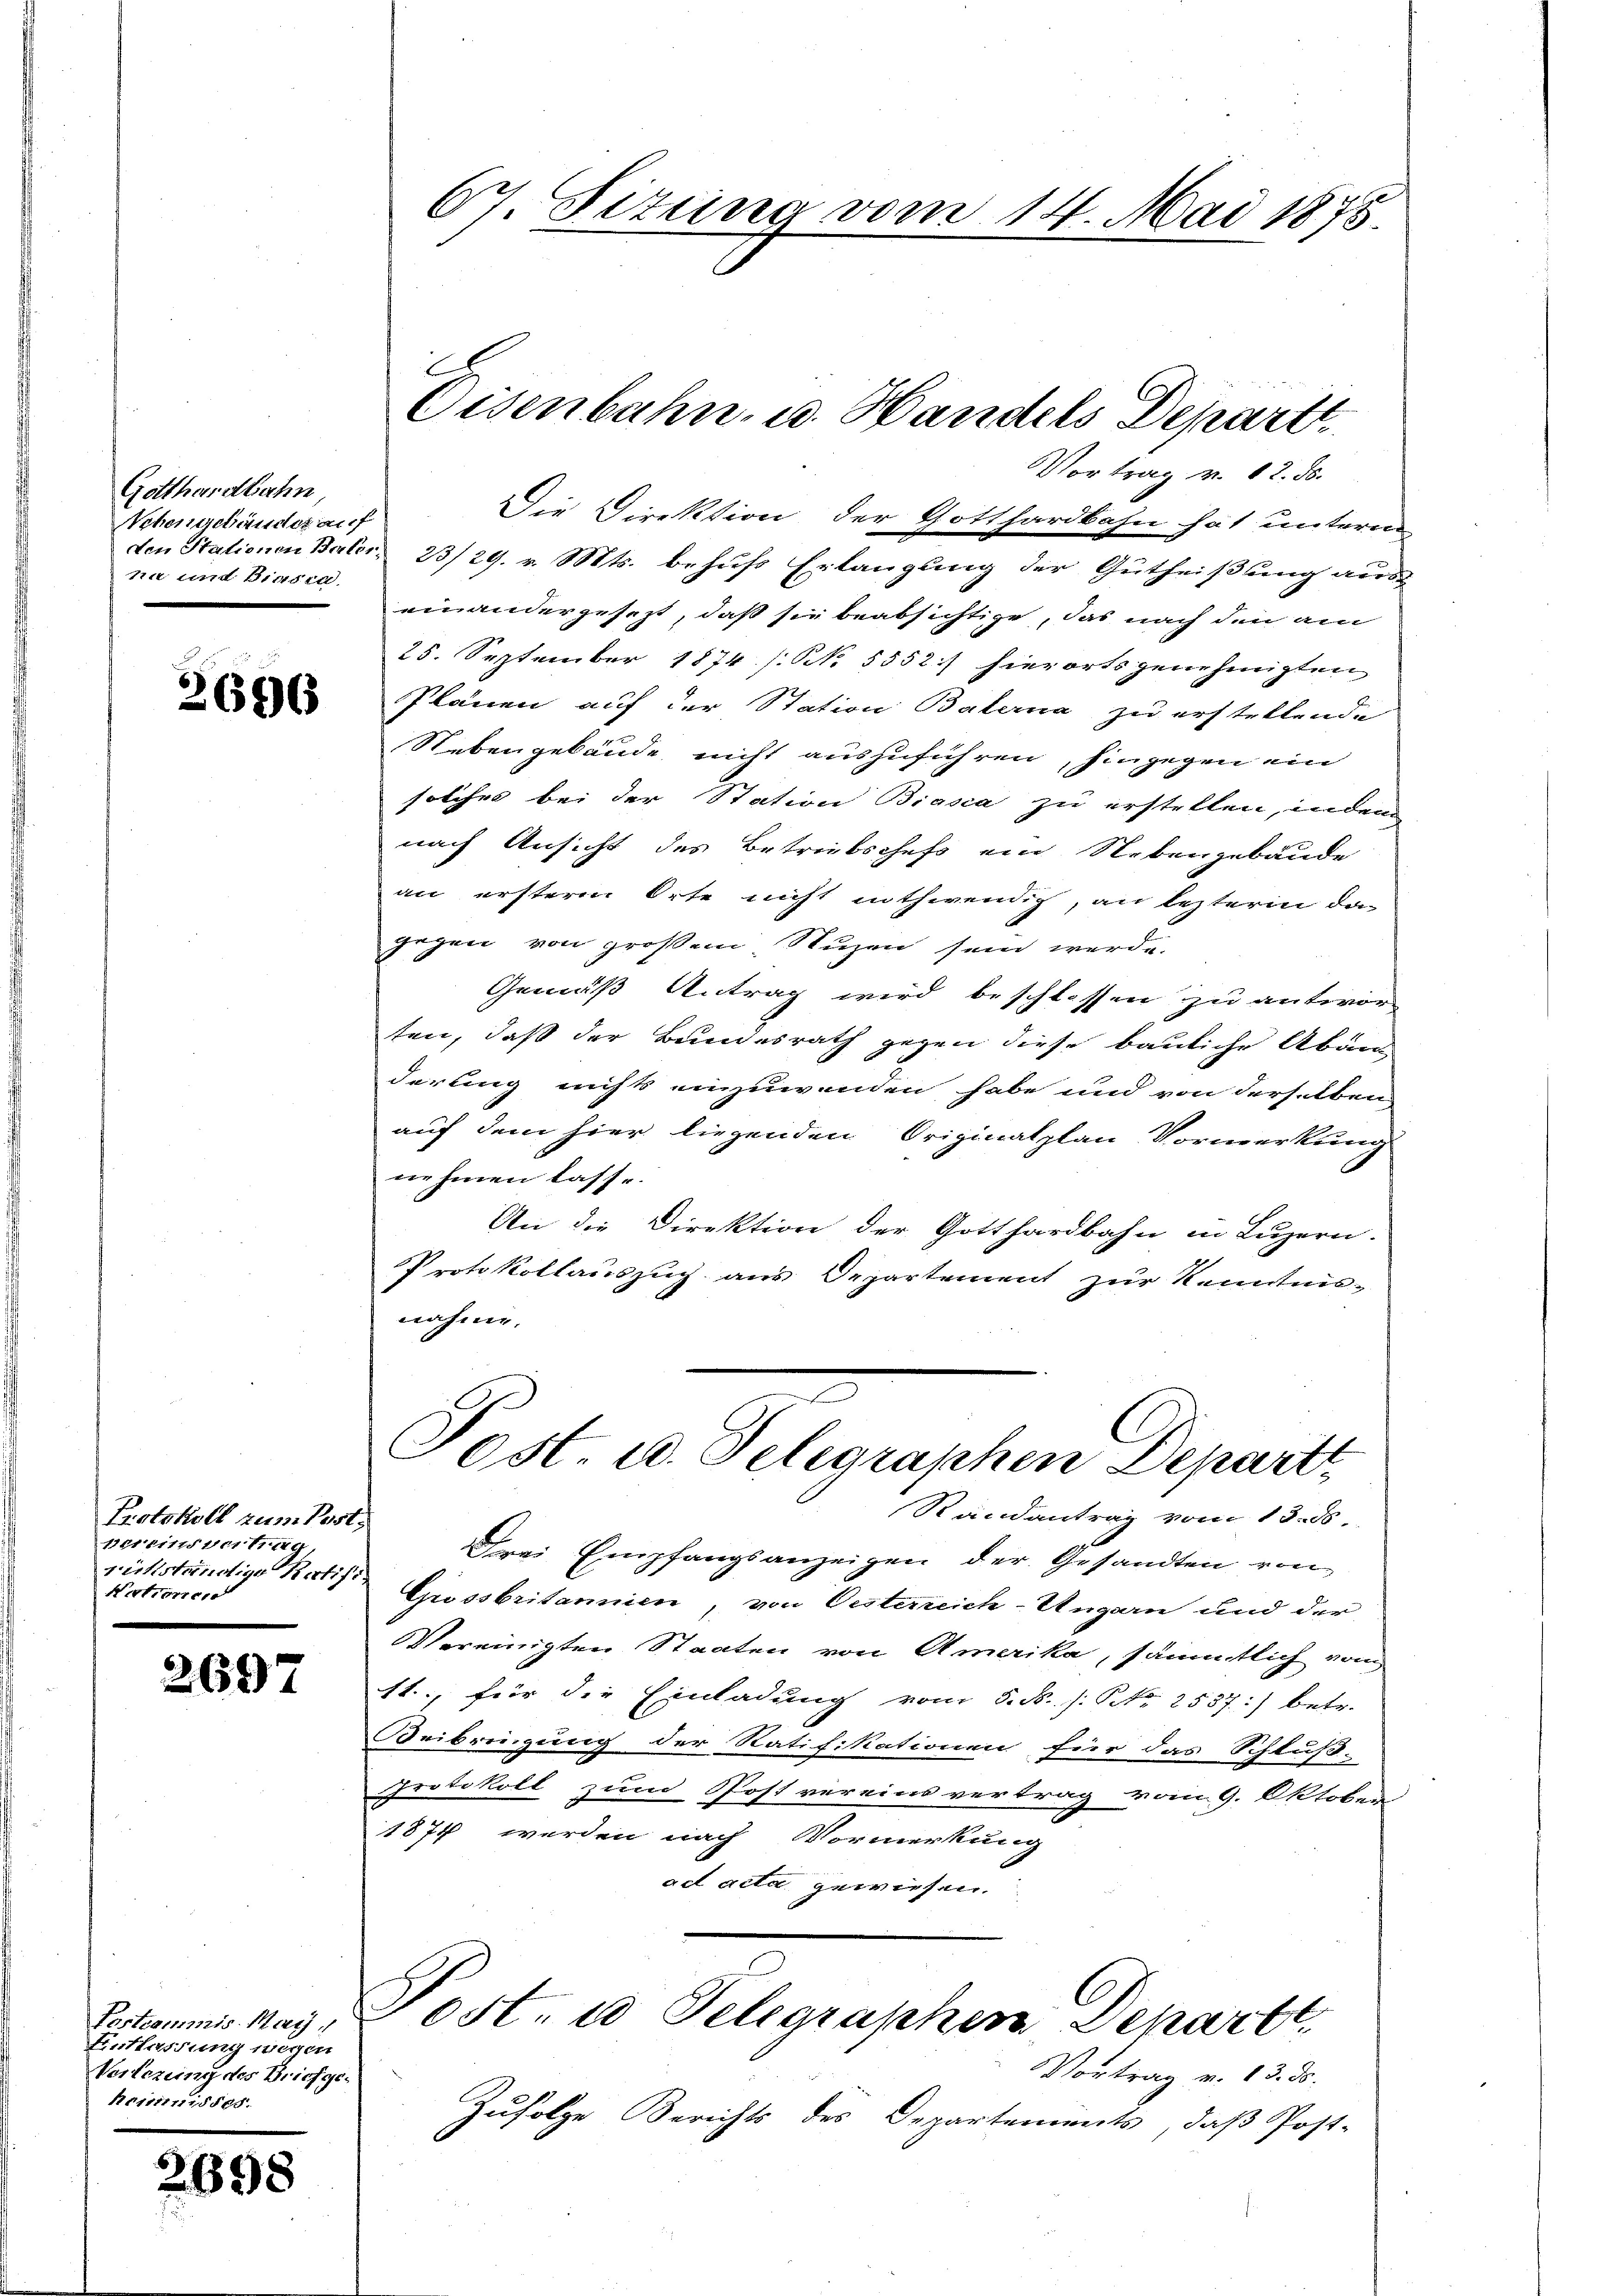
Gotthardbahn,
Nehenschauder auf
ni und Binsen.

2696

Protokoll zum Postpereinsvertung,
rükständige Kurhist.
Nectione

2697

Postcommis. Maÿ
Entlassung wegen
Verlegung des Briefge¬
Reinen 500.

2698

Die Direktion der Gotthardbahn hat unteren
den Stationen Baler 23/29. v. Mts. behufs Erlangung der Gutheißung aus
einandergesezt, daß sie beabsichtige, das nach den am
25. September 1874 (N. 5552/ hierorts genehmigten
Plänen auf der Station Baterna zu erstellende
Nebengebäude nicht auszuführen, hingegen ein
solches bei der Station Biasca zu erstellen, indem
nach Ansicht des Betreibschefs ein Nebengebäude
an ersterm Orte nicht nothwendig, an lezteren da
gegen von großem Nuzen sein werde.
Gemäß Antrag wird beschlossen zu antwor-
ten, daß der Bundesrath gegen diese bauliche Abän
derung nichts einzuwenden habe und von derselben
auf dem hier liegenden Originalplan Vormerkung
nehmen lasse.
An die Direktion der Gotthardbahn in Luzern.
Protokollauszug aus Departement zur Kenntnisnahme.

67. Sizung vom 14. Mai 1875.

E
Eisenbahn, u. Handels Depart
Vortrag v. 12. ds.

Frei Empfangsanzeigen der Gesandten von
Grossbritannien, von Oesterreich-Ungarn und der
Vereinigten Staaten von Amerika, sämmtlich vom
11., für die Einladung vom 5. d. s. No 2537:) betr.
Beibringung der Ratifikationen für das Schluß-
Protokoll zum Post vereins vertrag vom 9. Oktober
1874 werden nach Vormerkung
ad acta gewiesen.

Post. u. Telegraphen Depart
Randantrag vom 13. ds.

C
Post. 20. Telegraphen Depart

Vortrag v. 13. ds.
Zufolge Berichts des Departements, daß Post-